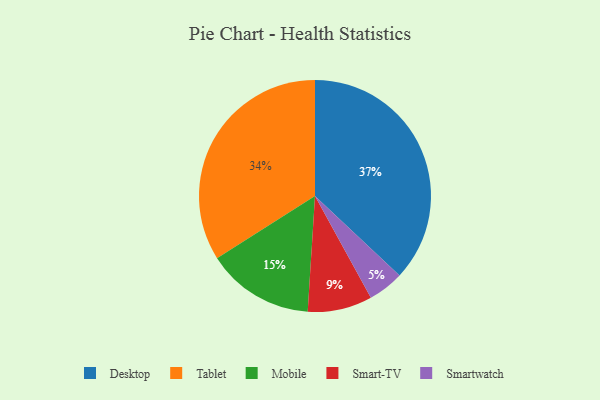
{"axis": {"x": "Category", "y": "Percentage"}, "legend": ["Desktop", "Mobile", "Smart-TV", "Smartwatch", "Tablet"], "data": [{"x": "Tablet", "y": 34, "type": "Tablet"}, {"x": "Smartwatch", "y": 5, "type": "Smartwatch"}, {"x": "Desktop", "y": 37, "type": "Desktop"}, {"x": "Mobile", "y": 15, "type": "Mobile"}, {"x": "Smart-TV", "y": 9, "type": "Smart-TV"}]}